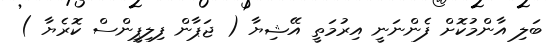
ބަލި އާންމުކޮށް ފެންނަނީ އިރުމަތީ އޭޝިޔާ ( ޖަޕާން ފިލިޕީންސް ކޮރެޔާ )